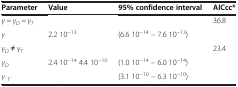
| Parameter | Value | 95% confidence interval | AICcc* |
 | --- | --- | --- | --- |
 | <COLSPAN=2> γ = γD = γT |  | 36.8 |
 | γ | 2.2 10-13 | (6.6 10-14 – 7.6 10-13) |  |
 | <COLSPAN=2> γD ≠ γT |  | 23.4 |
 | γD | 2.4 10-14 4.4 10-10 | (1.0 10-14 – 6.0 10-14) | <ROWSPAN=2>  |
 | γT |  | (3.1 10-10 – 6.3 10-10) |